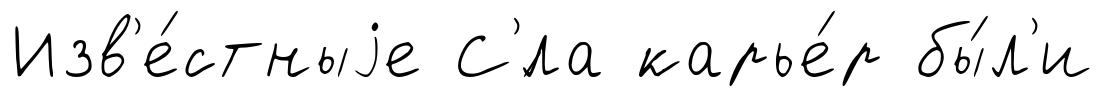
Изв'е́стныjе С'́ла карье́р бы́л'и